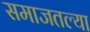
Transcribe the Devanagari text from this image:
समाजतल्या